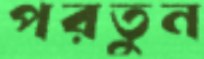
পরতুন